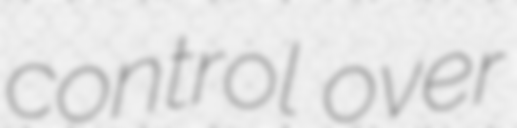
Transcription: control over